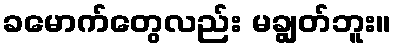
ခမောက်တွေလည်း မချွတ်ဘူး။